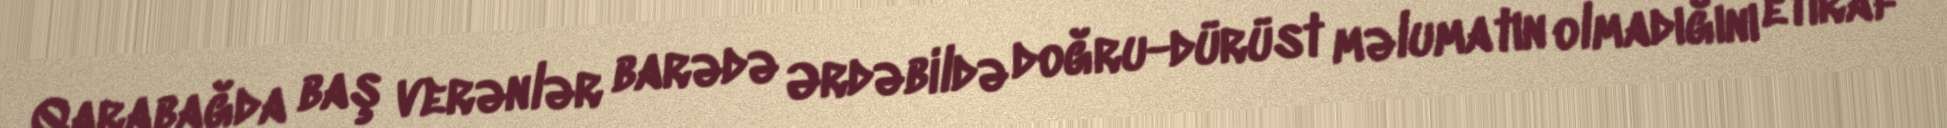
Qarabağda baş verənlər barədə Ərdəbildə doğru-dürüst məlumatın olmadığını etiraf